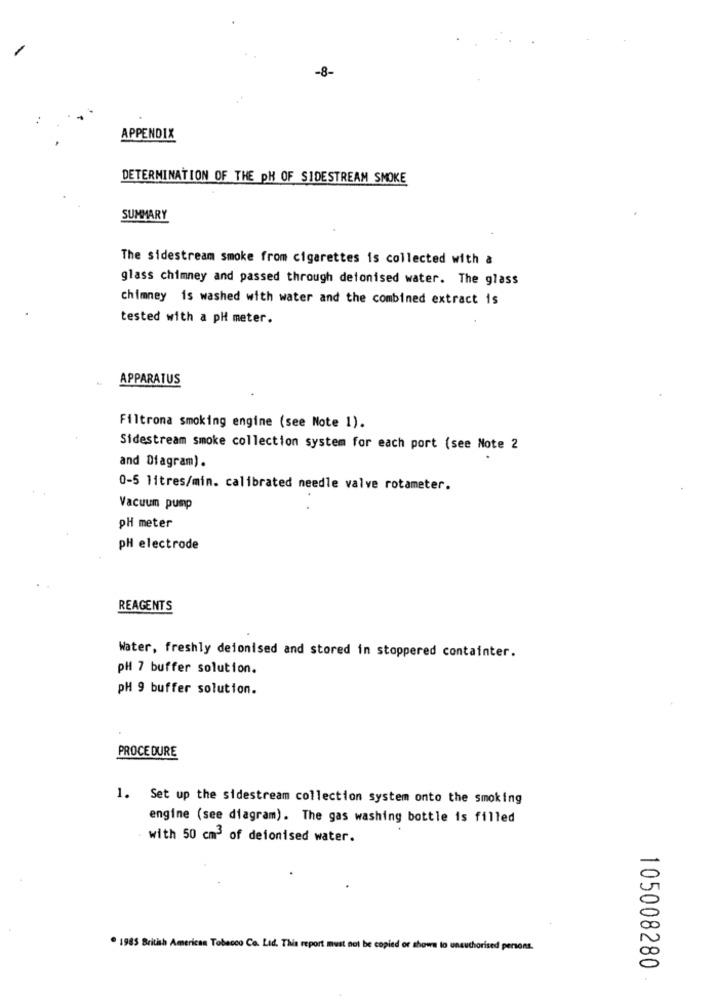
-8-
APPENDIX
DETERMINATION OF THE PH OF SIDESTREAM SMOKE
SUMMARY
The sidestream smoke from cigarettes is collected with a
glass chimney and passed through detonised water. The glass
chimney is washed with water and the combined extract is
tested with a pH meter.
APPARATUS
Filtrona smoking engine (see Note 1).
Sidestream smoke collection system for each port (see Note 2
and Diagram).
0-5 litres/min. calibrated needle valve rotameter.
Vacuum pump
PH meter
pH electrode
REAGENTS
Water, freshly deionised and stored in stoppered containter.
pH 7 buffer solution.
pH 9 buffer solution.
PROCEDURE
1. Set up the sidestream collection system onto the smoking
engine (see diagram). The gas washing bottle is filled
with 50 cm3 of deionised water.
. 1985 British American Tobacco Co. Ltd. This report must not be copied or showa to unauthorised persons.
105008280